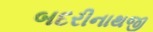
બદરીનાથજી